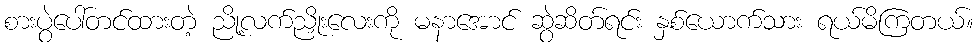
စားပွဲပေါ်တင်ထားတဲ့ ညို့လက်ညှိုးလေးကို မနာအောင် ဆွဲဆိတ်ရင်း နှစ်ယောက်သား ရယ်မိကြတယ်။